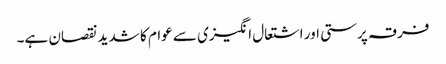
فرقہ پرستی اور اشتعال انگیزی سے عوام کا شدید نقصان ہے۔